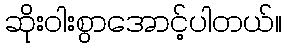
ဆိုးဝါးစွာအောင့်ပါတယ်။